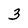
Character: 3